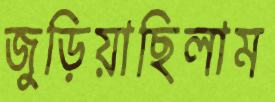
জুড়িয়াছিলাম